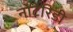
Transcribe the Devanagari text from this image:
नोटेरिडी